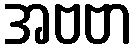
အဗဗာ